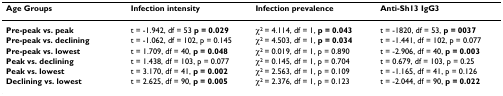
<table><thead><tr><td><b>Age Groups</b></td><td><b>Infection intensity</b></td><td><b>Infection prevalence</b></td><td><b>Anti-Sh13 IgG3</b></td></tr></thead><tbody><tr><td><b>Pre-peak vs. peak</b></td><td>t = -1.942, df = 53 <b>p = 0.029</b></td><td>χ<sup>2 </sup>= 4.114, df = 1, <b>p = 0.043</b></td><td>t = -1820, df = 53, <b>p = 0037</b></td></tr><tr><td><b>Pre-peak vs. declining</b></td><td>t = -1.062, df = 102, p = 0.145</td><td>χ<sup>2 </sup>= 4.503, df = 1, <b>p = 0.034</b></td><td>t = -1.441, df = 102, p = 0.077</td></tr><tr><td><b>Pre-peak vs. lowest</b></td><td>t = 1.709, df = 40, <b>p = 0.048</b></td><td>χ<sup>2 </sup>= 0.019, df = 1, p = 0.890</td><td>t = -2.906, df = 40, <b>p = 0.003</b></td></tr><tr><td><b>Peak vs. declining</b></td><td>t = 1.438, df = 103, p = 0.077</td><td>χ<sup>2 </sup>= 0.145, df = 1, p = 0.704</td><td>t = 0.679, df = 103, p = 0.25</td></tr><tr><td><b>Peak vs. lowest</b></td><td>t = 3.170, df = 41, <b>p = 0.002</b></td><td>χ<sup>2 </sup>= 2.563, df = 1, p = 0.109</td><td>t = -1.165, df = 41, p = 0.126</td></tr><tr><td><b>Declining vs. lowest</b></td><td>t = 2.625, df = 90, <b>p = 0.005</b></td><td>χ<sup>2 </sup>= 2.376, df = 1, p = 0.123</td><td>t = -2.044, df = 90, <b>p = 0.022</b></td></tr></tbody></table>